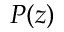
P ( z )